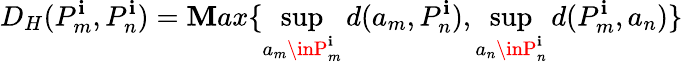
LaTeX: D_{H}(P_{m}^{\mathbf{i}},P_{n}^{\mathbf{i}})=\mathbf{M}ax\{ \operatorname*{sup}_{a_{m}\inP_{m}^{\mathbf{i}}}d(a_{m},P_{n}^{\mathbf{i}}),\operatorname*{sup}_{a_{n}\inP_{n}^{\mathbf{i}}}d(P_{m}^{\mathbf{i}},a_{n})\}